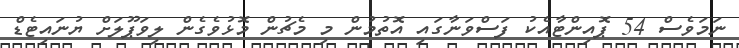
ނަމަވެސް 54 ޕޮއިންޓާއެކު ފަސްވަނާގައި އޮތުމުން މި މެޗުން މޮޅުވެގެން ލިވަޕޫލަށް ޔުނައިޓެޑް